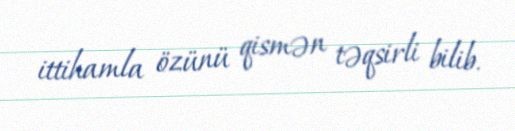
ittihamla özünü qismən təqsirli bilib.